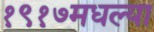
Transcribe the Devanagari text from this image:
१९१७मधल्या